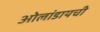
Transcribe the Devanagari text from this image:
ओलांडायची